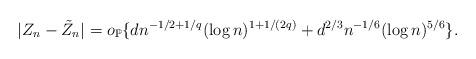
LaTeX: \begin{align*}|Z_{n} - \tilde{Z}_{n}| = o_{\mathbb{P}}\{ d n^{-1/2+1/q} (\log n)^{1+1/(2q)} + d^{2/3} n^{-1/6} (\log n)^{5/6}\}.\end{align*}